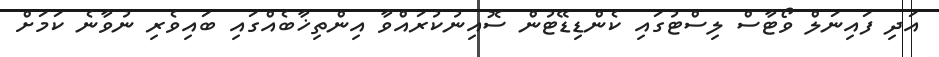
އަދި ފައިނަލް ވޯޓާސް ލިސްޓުގައި ކެންޑިޑޭޓުން ސޮއިނުކުރައްވާ އިންތިޚާބެއްގައި ބައިވެރި ނުވާނެ ކަމަށް